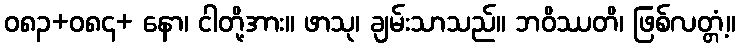
ဝ၈၃+၀၈၄+ နော၊ ငါတို့အား။ ဖာသု၊ ချမ်းသာသည်။ ဘဝိဿတိ၊ ဖြစ်လတ္တံ့။